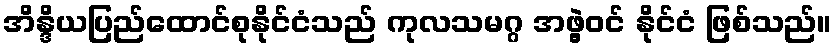
အိန္ဒိယပြည်ထောင်စုနိုင်ငံသည် ကုလသမဂ္ဂ အဖွဲ့ဝင် နိုင်ငံ ဖြစ်သည်။